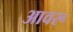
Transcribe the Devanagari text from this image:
आवरू